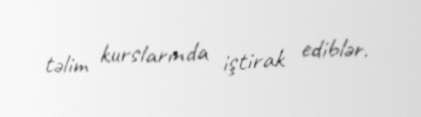
təlim kurslarında iştirak ediblər.